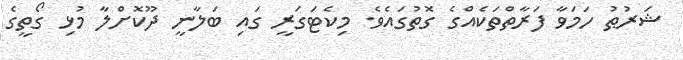
ޝަރުޠު ހަމަވާ ފަރާތްތަކެއްގެ ގޮތުގައެވެ. މިކެޓަގަރީ ގައި ބަލާނީ ދޫކޮށްލާ މުޅި ގޯތީގެ